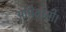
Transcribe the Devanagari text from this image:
अधिवासी।